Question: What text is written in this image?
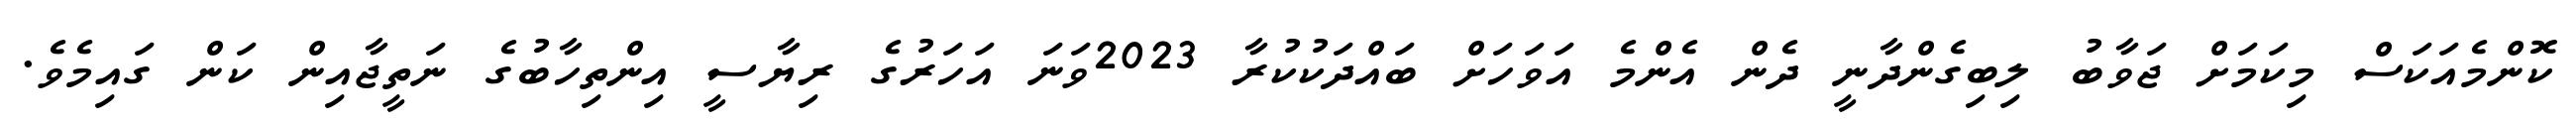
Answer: ކޮންމެއަކަސް މިކަމަށް ޖަވާބު ލިބިގެންދާނީ ދެން އެންމެ އަވަހަށް ބައްދަކުކުރާ 2023ވަނަ އަހަރުގެ ރިޔާސީ އިންތިހާބުގެ ނަތީޖާއިން ކަން ގައިމެވެ.